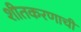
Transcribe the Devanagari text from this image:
शीतकरणाची